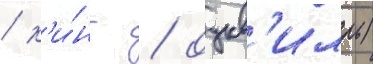
/ к'и́нг / оукв'илль)